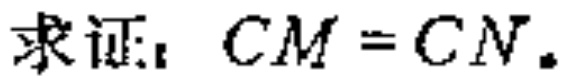
求证：$CM = CN$.